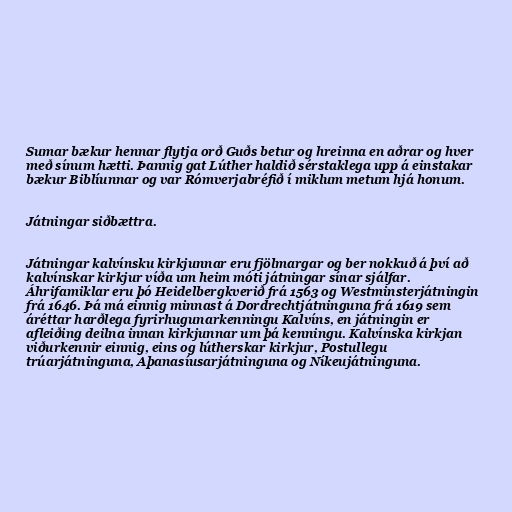
Sumar bækur hennar flytja orð Guðs betur og hreinna en aðrar og hver
með sínum hætti. Þannig gat Lúther haldið sérstaklega upp á einstakar
bækur Biblíunnar og var Rómverjabréfið í miklum metum hjá honum.

Játningar siðbættra.

Játningar kalvínsku kirkjunnar eru fjölmargar og ber nokkuð á því að
kalvínskar kirkjur víða um heim móti játningar sínar sjálfar.
Áhrifamiklar eru þó Heidelbergkverið frá 1563 og Westminsterjátningin
frá 1646. Þá má einnig minnast á Dordrechtjátninguna frá 1619 sem
áréttar harðlega fyrirhugunarkenningu Kalvíns, en játningin er
afleiðing deilna innan kirkjunnar um þá kenningu. Kalvínska kirkjan
viðurkennir einnig, eins og lútherskar kirkjur, Postullegu
trúarjátninguna, Aþanasíusarjátninguna og Níkeujátninguna.